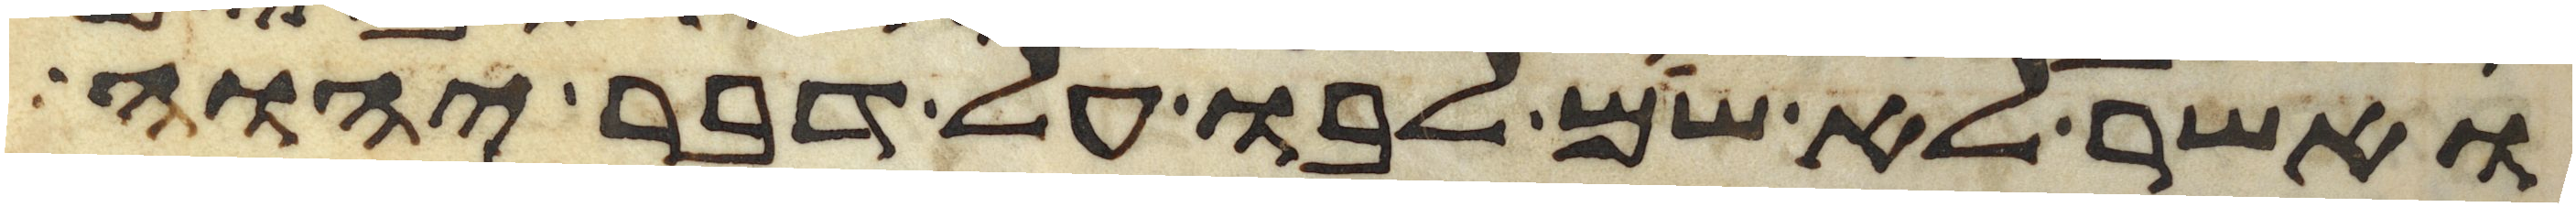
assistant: ואשר לא שם לבו על דבר יהוה